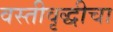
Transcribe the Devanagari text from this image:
वस्तीवृद्धीचा